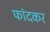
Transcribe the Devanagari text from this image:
फांदकर